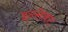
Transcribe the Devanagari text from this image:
इन्सेक्ट